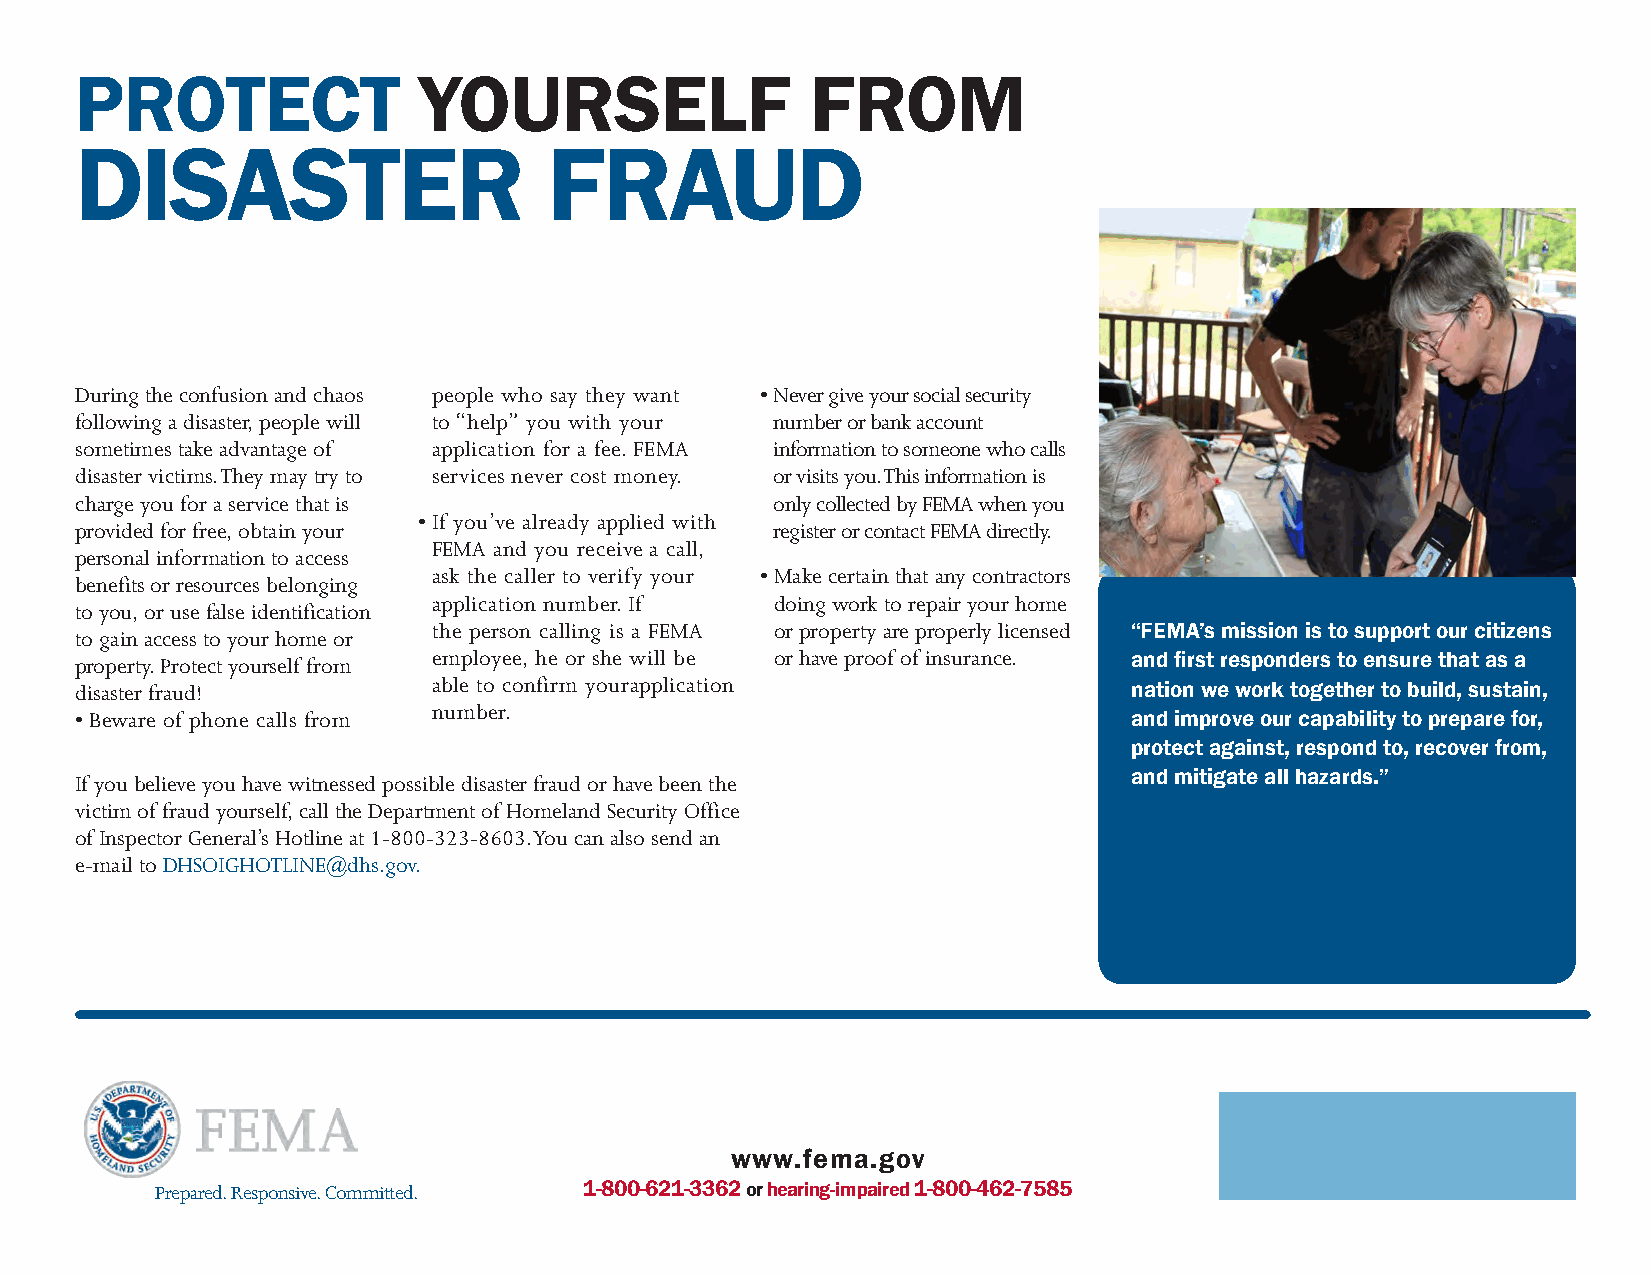
PROTECT                YOURSELF                  FROM
 DISASTER                       FRAUD
 During the confusion and chaos people who say they want • Never give your social security
 following a disaster, people will to “help” you with your number or bank account
 sometimes take advantage of application for a fee. FEMA information to someone who calls
 disaster victims. They may try to services never cost money. or visits you. This information is
 charge you for a service that is              only collected by FEMA when you
 • If you’ve already applied with
 provided for free, obtain your                register or contact FEMA directly.
 FEMA and you receive a call,
 personal information to access
 ask the caller to verify your • Make certain that any contractors
 benefits or resources belonging
 application number. If doing work to repair your home
 to you, or use false identification
 the person calling is a FEMA or property are properly licensed “FEMA’s mission is to support our citizens
 to gain access to your home or
 property. Protect yourself from employee, he or she will be or have proof of insurance. and first responders to ensure that as a
 disaster fraud!         able to confirm yourapplication               nation we work together to build, sustain,
 number.
 • Beware of phone calls from                                          and improve our capability to prepare for,
 protect against, respond to, recover from,
 If you believe you have witnessed possible disaster fraud or have been the and mitigate all hazards.”
 victim of fraud yourself, call the Department of Homeland Security Office
 of Inspector General’s Hotline at 1-800-323-8603. You can also send an
 e-mail to DHSOIGHOTLINE@dhs.gov.
 www.fema.gov
 Prepared. Responsive. Committed. 1-800-621-3362 or hearing-impaired 1-800-462-7585